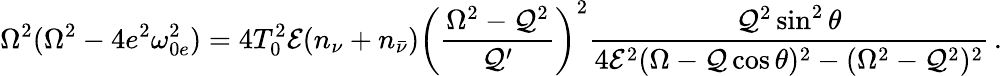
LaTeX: \Omega^{2}(\Omega^{2}-4e^{2}\omega_{0e}^{2})=4T_{0}^{2}{\cal E}(n_{\nu}+n_{\bar{\nu}})\left(\frac{\Omega^{2}-{\cal Q}^{2}}{{\cal Q}^{\prime}}\right)^{2}\frac{{\cal Q}^{2}\sin^{2}\theta}{4{\cal E}^{2}(\Omega-{\cal Q}\cos\theta)^{2}-(\Omega^{2}-{\cal Q}^{2})^{2}}\, .